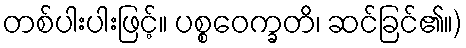
တစ်ပါးပါးဖြင့်။ ပစ္စဝေက္ခတိ၊ ဆင်ခြင်၏။)